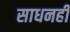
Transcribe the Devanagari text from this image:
साधनही